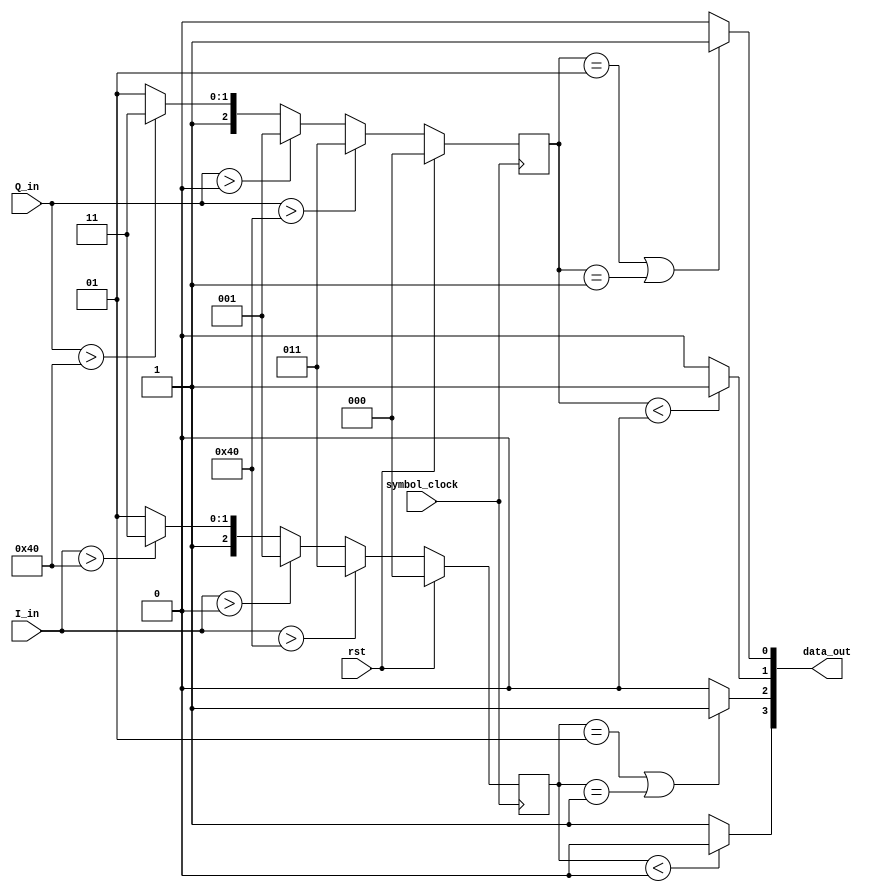
/*datapath module, hard decision demapper */
module QAM_demapper_datapath(rst, data_out, I_in, Q_in, symbol_clock);
	input rst, symbol_clock;		// Reset signal from controller, symbol clock from data clock recovery
	output wire [3:0] data_out;
	input signed [7:0] I_in, Q_in;	// Input I/Q signals, signed 8 bit number
	
	reg signed [2:0] I, Q;
	
	
	// De-noise 8 bit signed value by applying symbol boundaries & normalize to +/- 1, 3 (see matlab).
	// Max Value of +127, -128, midrange approx 64
	always @(posedge symbol_clock) begin
		if(rst) begin
			I = 0;
			Q = 0;
		end
		
		else begin
			if(I_in > 64)
				I = 3;
			else if(I_in > 0)
				I = 1;
			else if(I_in > -64)
				I = -1;
			else 
				I = -3;
			
			if(Q_in > 64)
				Q = 3;
			else if(Q_in > 0)
				Q = 1;
			else if(Q_in > -64)
				Q = -1;
			else 
				Q = -3;
		end
	end 		
		
	// Demap normalized input data to Grey encoding constellation (see matlab screenshot)
	assign data_out [0] = (Q == 1)||(Q == -1) ? 1 : 0;
	assign data_out [1] = (Q < 0)  ? 1 : 0;
	assign data_out [2] = (I == 1)||(I==-1) ? 1 : 0;
	assign data_out [3] = (I < 0)  ? 0 : 1;
	
endmodule